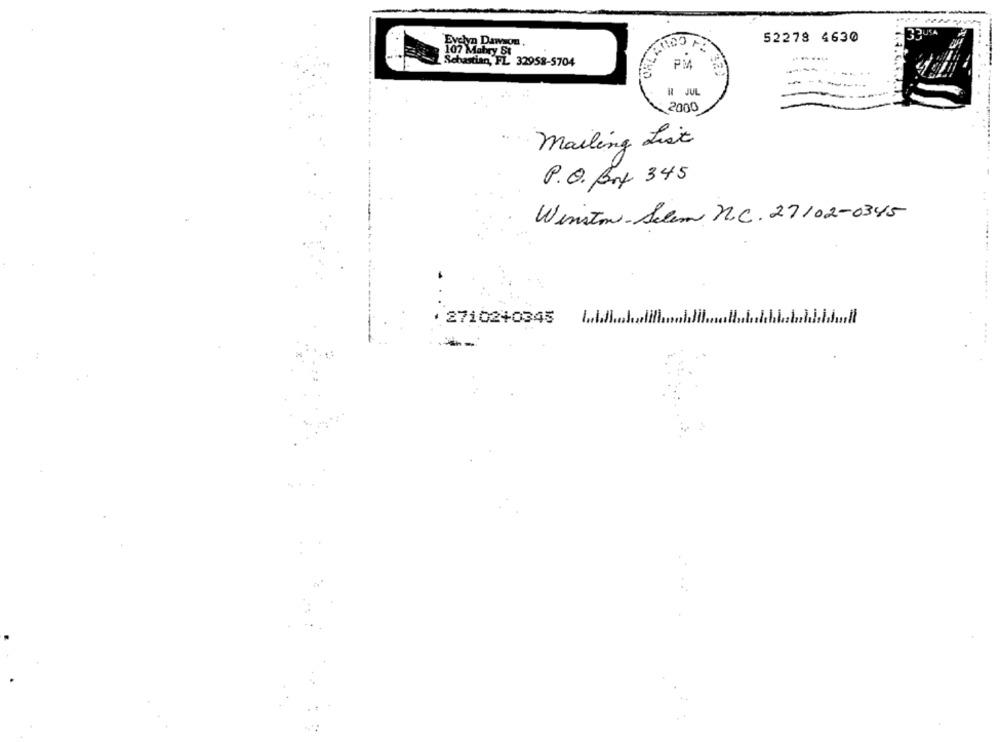
JUSA
52278 4630
Evelyn Damon.
107 Mabry St
Sebastian, FL 32958-5704
PA
N JUL
2000
Mailing List
P. O. Box 345
Winston-Salem N.C. 27102-0345
· 27102+0345
....